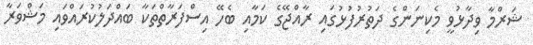
ޝަރްމާ ވިދާޅުވީ މެކިނަންގެ ދަތުރުފުޅުގައި ރާއްޖޭގެ ކަމާއި ބެހޭ އިސްފަރާތްތަކާ ބައްދަލުކުރައްވައި މަޝްވަރާ